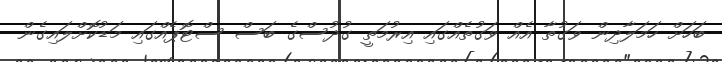
ބަހަށް ހަމަލާދިން ވަގުތާ އެއް ވަގުތެއްގައި އިރުމަތީ ގުދުސްގެ ބަސް ސްޓޮޕެއްގައި މަޑުކޮށްލައިގެން